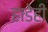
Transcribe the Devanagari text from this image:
हाडेही